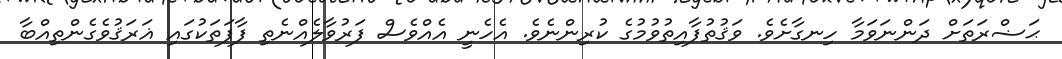
ޙަޟްރަތަށް ދަންނަވަމާ ހިނގާށެވެ. ވަޤުތުފާއިތުވުމުގެ ކުރިންނެވެ. އެހެނީ އެއްވެސް ފަރުވާލެއްނެތި ފާފަތަކުގައި ޣަރަޤުވެގެންތިއްބާ